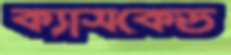
ক্যাসকেড